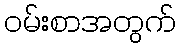
ဝမ်းစာအတွက်